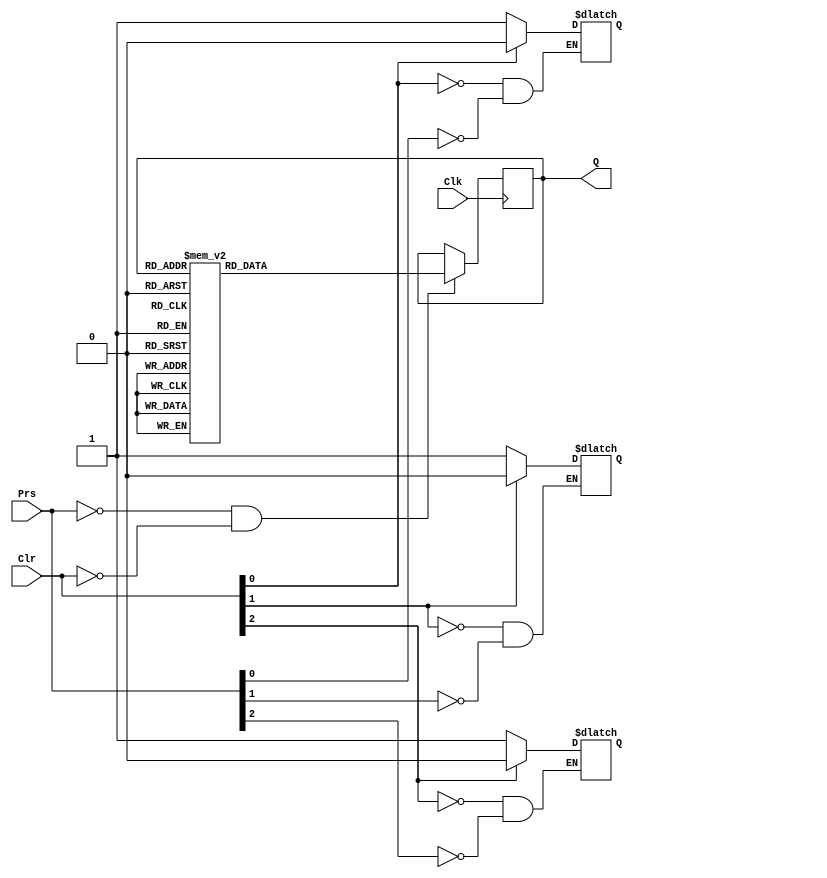
module counter(Clk, Prs, Clr, Q);
  input Clk;
  input [2:0] Prs, Clr;
  output [2:0] Q;
  reg [2:0] next_state;
  reg [2:0] Q;
  always @(Q) begin
  case(Q)
    3'b000: next_state = 3'b110;
    3'b001: next_state = 3'b110;
    3'b010: next_state = 3'b111;
    3'b011: next_state = 3'b000;
    3'b100: next_state = 3'b111;
    3'b101: next_state = 3'b010;
    3'b110: next_state = 3'b100;
    3'b111: next_state = 3'b011;
  endcase 
  end
  always @(Prs || Clr) begin
      if (Prs[2]) begin 
        Q[2] = 1;
  	   end
      if (Prs[1]) begin 
        Q[1] = 1;
      end
      if (Prs[0]) begin 
        Q[0] = 1;
      end
      if (Clr[2]) begin 
        Q[2] = 0;
      end
      if (Clr[1]) begin 
        Q[1] = 0;
      end
      if (Clr[0]) begin 
        Q[0] = 0;
      end
  end
  always @ (posedge Clk)
    if (Prs == 3'b000 & Clr == 3'b000) 
    begin
      Q <= next_state;
    end
endmodule